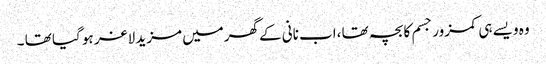
وہ ویسے ہی کمزور جسم کا بچہ تھا ،اب نانی کے گھرمیں مزید لاغر ہو گیا تھا ۔